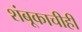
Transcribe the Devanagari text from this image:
शंबूकाचीही